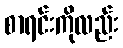
စာရင်းကိုလည်း